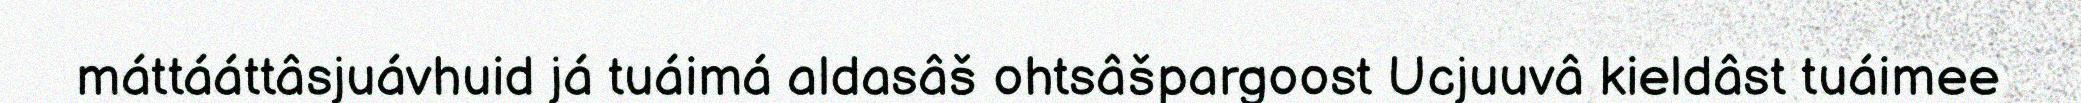
máttááttâsjuávhuid já tuáimá aldasâš ohtsâšpargoost Ucjuuvâ kieldâst tuáimee